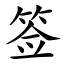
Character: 签